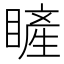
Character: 𥊓